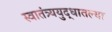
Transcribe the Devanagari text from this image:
स्वातंत्र्ययुद्धातल्या